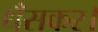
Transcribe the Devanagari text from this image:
धँसकर।